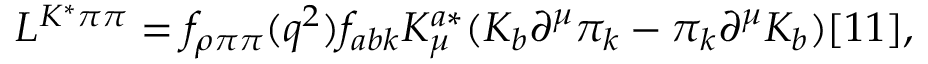
{ \cal L } ^ { K ^ { * } \pi \pi } = f _ { \rho \pi \pi } ( q ^ { 2 } ) f _ { a b k } K _ { \mu } ^ { a * } ( K _ { b } \partial ^ { \mu } \pi _ { k } - \pi _ { k } \partial ^ { \mu } K _ { b } ) [ 1 1 ] ,